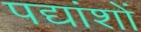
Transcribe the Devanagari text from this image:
पद्यांशों